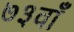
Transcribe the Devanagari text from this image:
७३वाँ